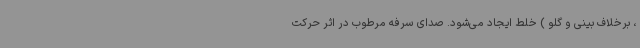
، برخلاف بینی و گلو ) خلط ایجاد می‌شود. صدای سرفه مرطوب در اثر حرکت